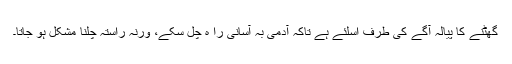
گُھٹنے کا پیالہ آگے کی طرف اسلئے ہے تاکہ آدمی بہ آسانی را ہ چل سکے، ورنہ راستہ چلنا مشکل ہو جاتا۔